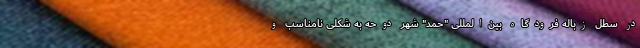
در سطل زباله فرودگاه بین‌المللی "حمد" شهر دوحه به شکلی نامناسب و